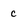
Character: c